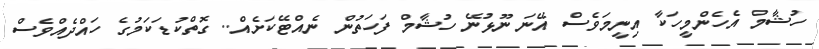
ހުޝާމް އެހެންމީހަކާ އިނީމަވެސް އޭނަ ނޫޅުނޭ ހުޝާމް ފަހަތުން ނެއްޓޭކަށެއް.. ގޮތްކުޑަކަމުގެ ހައްދެއްވެސް